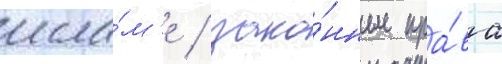
исла́м'е / зако́нные пра́ва